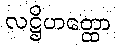
လဋ္ဌိဟတ္ထော